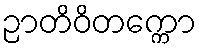
ဉာတိဝိတက္ကော